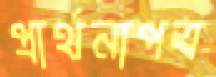
প্রার্থনাপত্র